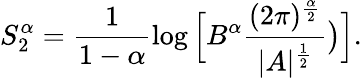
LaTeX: S_{2}^{\alpha}=\frac{1}{1-\alpha}\log\Big[B^{\alpha}\frac{(2\pi)^{\frac{\alpha}{2}}}{|A|^{\frac{1}{2}}}\big)\Big].